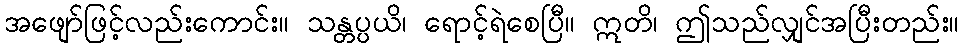
အဖျော်ဖြင့်လည်းကောင်း။ သန္တပ္ပယိ၊ ရောင့်ရဲစေပြီ။ ဣတိ၊ ဤသည်လျှင်အပြီးတည်း။